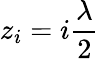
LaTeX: z_{i}=i\frac{\lambda}{2}